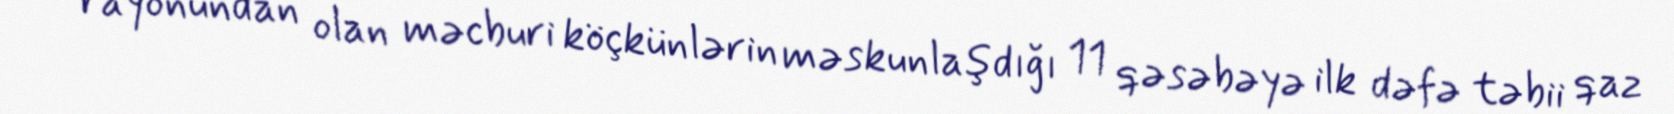
rayonundan olan məcburi köçkünlərin məskunlaşdığı 11 qəsəbəyə ilk dəfə təbii qaz